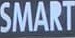
SMART